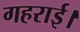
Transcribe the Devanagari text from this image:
गहराई।